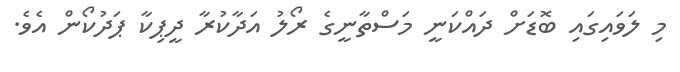
މި ލަވައިގައި ބޮޑަށް ދައްކަނީ މަސްތާނީގެ ރޯލު އަދާކުރާ ދީޕިކާ ޕަދުކޯން އެވެ.